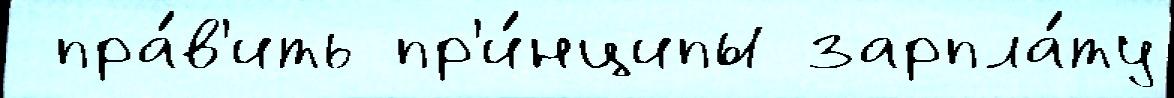
 пра́в'ить пр'и́нципы зарпла́ту